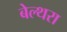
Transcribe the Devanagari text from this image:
बेल्‍थरा